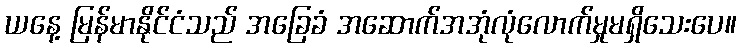
ယနေ့ မြန်မာနိုင်ငံသည် အခြေခံ အဆောက်အအုံလုံလောက်မှုမရှိသေးပေ။